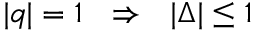
| q | = 1 \ \ \Rightarrow \ \ | \Delta | \leq 1